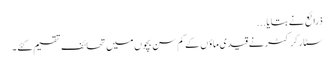
ذرائع نے بتایا ...
سٹار کرکٹر نے قیدی ماؤں کے کم سن بچوں میں تحائف تقسیم کئے ۔